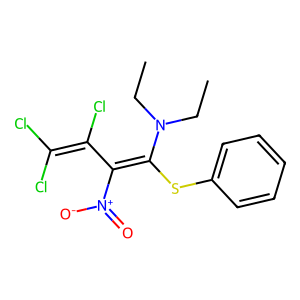
SMILES: CCN(CC)C(Sc1ccccc1)=C(C(Cl)=C(Cl)Cl)[N+](=O)[O-]
Inhibits HIV replication: No